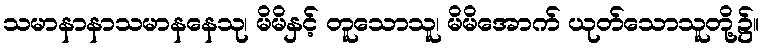
သမာနာနာသမာနနေသု၊ မိမိနှင့် တူသောသူ၊ မိမိအောက် ယုတ်သောသူတို့၌။